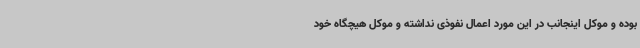
بوده و موکل اینجانب در این مورد اعمال نفوذی نداشته و موکل هیچگاه خود